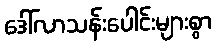
ဒေါ်လာသန်းပေါင်းများစွာ